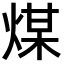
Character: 煤